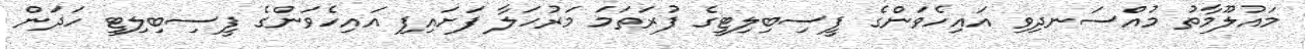
މައުލޫމާތު މުއްސަނދިވި އައިހެވަންގެ ފީސިބިލިޓީގެ ފުރަތަމަ މަރުހަލާ ފަށައިފި އައިހެވަންގެ ފީސިބިލިޓީ ހަދަން